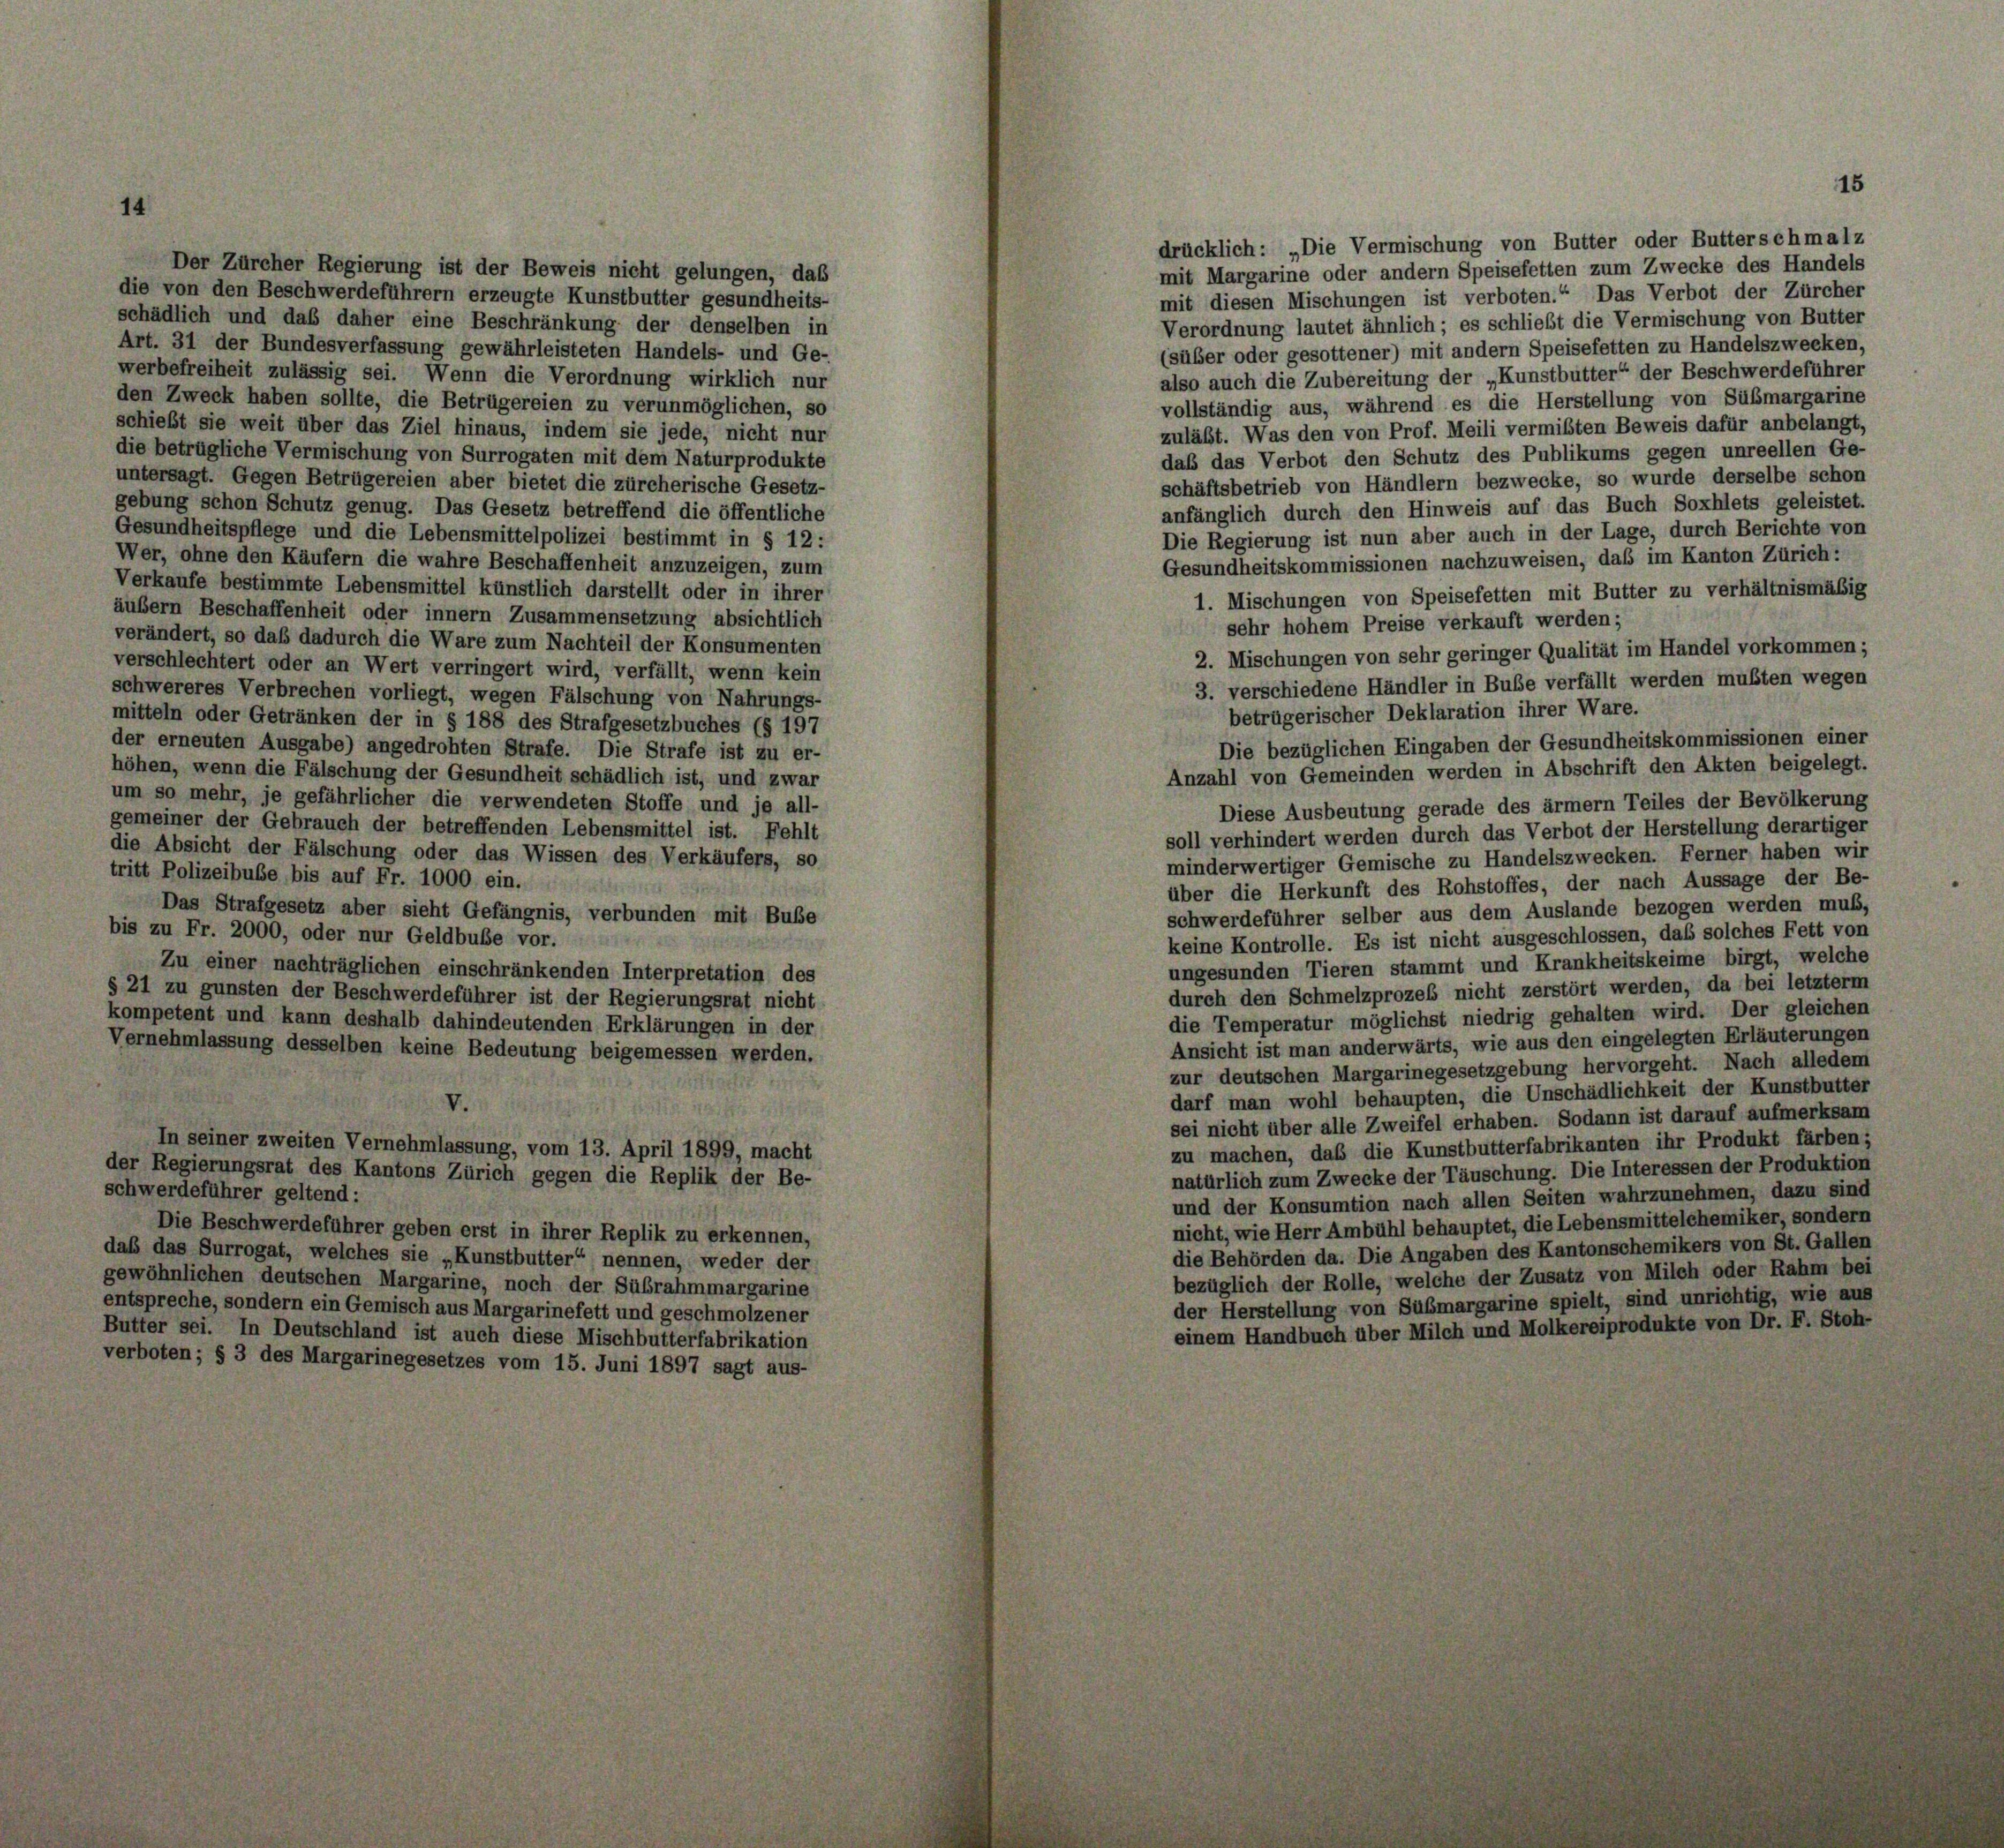
Der Zürcher Regierung ist der Beweis nicht gelungen, daß
die von den Beschwerdeführern erzeugte Kunstbutter gesundheits-
schädlich und das daher eine Beschränkung der denselben in
Art. 31 der Bundesverfassung gewährleisteten Handels- und Ge-
werbefreiheit zulässig sei. Wenn die Verordnung wirklich nur
den Zweck haben sollte, die Betrügereien zu verunmöglichen, so
schiebt sie weit über das Ziel hinaus, indem sie jede, nicht nur
die betrügliche Vermischung von Surrogaten mit dem Naturprodukte
untersagt. Gegen Betrügereien aber bietet die zürcherische Gesetz-
gebung schon Schutz genug. Das Gesetz betreffend die öffentliche
Gesundheitspflege und die Lebensmittelpolizei bestimmt in § 12 :
Wer, ohne den Käufern die wahre Beschaffenheit anzuzeigen, zum
Verkaufe bestimmte Lebensmittel künstlich darstellt oder in ihrer
äubern Beschaffenheit oder innern Zusammensetzung absichtlich
verändert, so daß dadurch die Ware zum Nachteil der Konsumenten
verschlechtert oder an Wert verringert wird, verfällt, wenn kein
schwereres Verbrechen vorliegt, wegen Fälschung von Nahrungs-
mitteln oder Getränken der in § 188 des Strafgesetzbuches (§ 197
der erneuten Ausgabe) angedrohten Strafe. Die Strafe ist zu er-
höhen, wenn die Fälschung der Gesundheit schädlich ist, und zwar
um so mehr, je gefährlicher die verwendeten Stoffe und je all-
gemeiner der Gebrauch der betreffenden Lebensmittel ist. Fehlt
die Absicht der Fälschung oder das Wissen des Verkäufers, so
tritt Polizeibube bis auf Fr. 1000 ein.
Das Strafgesetz aber sieht Gefängnis, verbunden mit Bube
bis zu Fr. 2000, oder nur Geldbube vor.
Zu einer nachträglichen einschränkenden Interpretation des
§ 21 zu gunsten der Beschwerdeführer ist der Regierungsrat nicht
kompetent und kann deshalb dahindeutenden Erklärungen in der
Vernehmlassung desselben keine Bedeutung beigemessen werden.

In seiner zweiten Vernehmlassung, vom 13. April 1899, macht
der Regierungsrat des Kantons Zürich gegen die Replik der Be-
schwerdeführer geltend:
Die Beschwerdeführer geben erst in ihrer Replik zu erkennen,
daß das Surrogat, welches sie „Kunstbutter“ nennen, weder der
gewöhnlichen deutschen Margarine, noch der Sübrahmmargarine
entspreche, sondern ein Gemisch aus Margarinefett und geschmolzener
Butter sei. In Deutschland ist auch diese Mischbutterfabrikation
verboten; § 3 des Margarinegesetzes vom 15. Juni 1897 sagt aus-

mit Margarine oder andern Speisefetten zum Zwecke des Handels
mit diesen Mischungen ist verboten.“ Das Verbot der Zürcher
Verordnung lautet ähnlich; es schließt die Vermischung von Butter
(süber oder gesottener) mit andern Speisefetten zu Handelszwecken,
also auch die Zubereitung der „Kunstbutter“ der Beschwerdeführer
vollständig aus, während es die Herstellung von Sübmargarine
zuläßt. Was den von Prof. Meili vermißten Beweis dafür anbelangt,
daß das Verbot den Schutz des Publikums gegen unreellen Ge-
schäftsbetrieb von Händlern bezwecke, so wurde derselbe schon
anfänglich durch den Hinweis auf das Buch Soxhlets geleistet.
Die Regierung ist nun aber auch in der Lage, durch Berichte von
Gesundheitskommissionen nachzuweisen, daß im Kanton Zürich:
1. Mischungen von Speisefetten mit Butter zu verhältnismäßig
sehr hohem Preise verkauft werden;
2. Mischungen von sehr geringer Qualität im Handel vorkommen;
3. verschiedene Händler in Buße verfällt werden mußten wegen
betrügerischer Deklaration ihrer Ware.
Die bezüglichen Eingaben der Gesundheitskommissionen einer
Anzahl von Gemeinden werden in Abschrift den Akten beigelegt.
Diese Ausbeutung gerade des ärmern Teiles der Bevölkerung
soll verhindert werden durch das Verbot der Herstellung derartiger
minderwertiger Gemische zu Handelszwecken. Ferner haben wir
über die Herkunft des Rohstoffes, der nach Aussage der Be-
schwerdeführer selber aus dem Auslande bezogen werden muß,
keine Kontrolle. Es ist nicht ausgeschlossen, daß solches Fett von
ungesunden Tieren stammt und Krankheitskeime birgt, welche
durch den Schmelzprozess nicht zerstört werden, da bei letzter
die Temperatur möglichst niedrig gehalten wird. Der gleichen
Ansicht ist man anderwärts, wie aus den eingelegten Erläuterungen
zur deutschen Margarinegesetzgebung hervorgeht. Nach alledem
darf man wohl behaupten, die Unschädlichkeit der Kunstbutter
sei nicht über alle Zweifel erhaben. Sodann ist darauf aufmerksam
zu machen, daß die Kunstbutterfabrikanten ihr Produkt färben;
natürlich zum Zwecke der Täuschung. Die Interessen der Produktion
und der Konsumtion nach allen Seiten wahrzunehmen, dazu sind
nicht, wie Herr Ambühl behauptet, die Lebensmittelchemiker, sondern
die Behörden da. Die Angaben des Kantonschemikers von St. Gallen
bezüglich der Rolle, welche der Zusatz von Milch oder Rahm bei
der Herstellung von Sübmargarine spielt, sind unrichtig, wie aus
einem Handbuch über Milch und Molkereiprodukte von Dr. F. Stoh-

drücklich: „Die Vermischung von Butter oder Butterschmalz